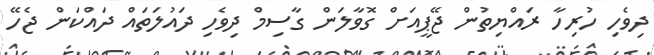
ދިވެހި ހުރިހާ ރައްޔިތުން ޖޭޕީއަށް ގޮވާލަން ގާސިމް ދިވެހި ދައުލަތައް ދައްކަން ޖެހޭ